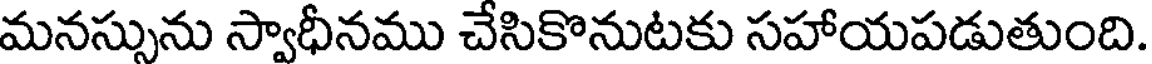
మనస్సును స్వాధీనము చేసికొనుటకు సహాయపడుతుంది